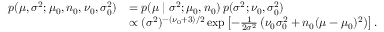
{ \begin{array} { r l } { p ( \mu , \sigma ^ { 2 } ; \mu _ { 0 } , n _ { 0 } , \nu _ { 0 } , \sigma _ { 0 } ^ { 2 } ) } & { = p ( \mu \mid \sigma ^ { 2 } ; \mu _ { 0 } , n _ { 0 } ) \, p ( \sigma ^ { 2 } ; \nu _ { 0 } , \sigma _ { 0 } ^ { 2 } ) } \\ & { \propto ( \sigma ^ { 2 } ) ^ { - ( \nu _ { 0 } + 3 ) / 2 } \exp \left[ - { \frac { 1 } { 2 \sigma ^ { 2 } } } \left( \nu _ { 0 } \sigma _ { 0 } ^ { 2 } + n _ { 0 } ( \mu - \mu _ { 0 } ) ^ { 2 } \right) \right] . } \end{array} }